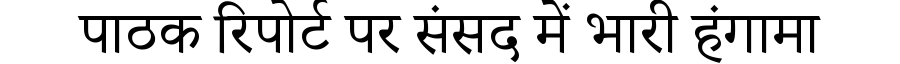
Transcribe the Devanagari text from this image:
पाठक रिपोर्ट पर संसद में भारी हंगामा